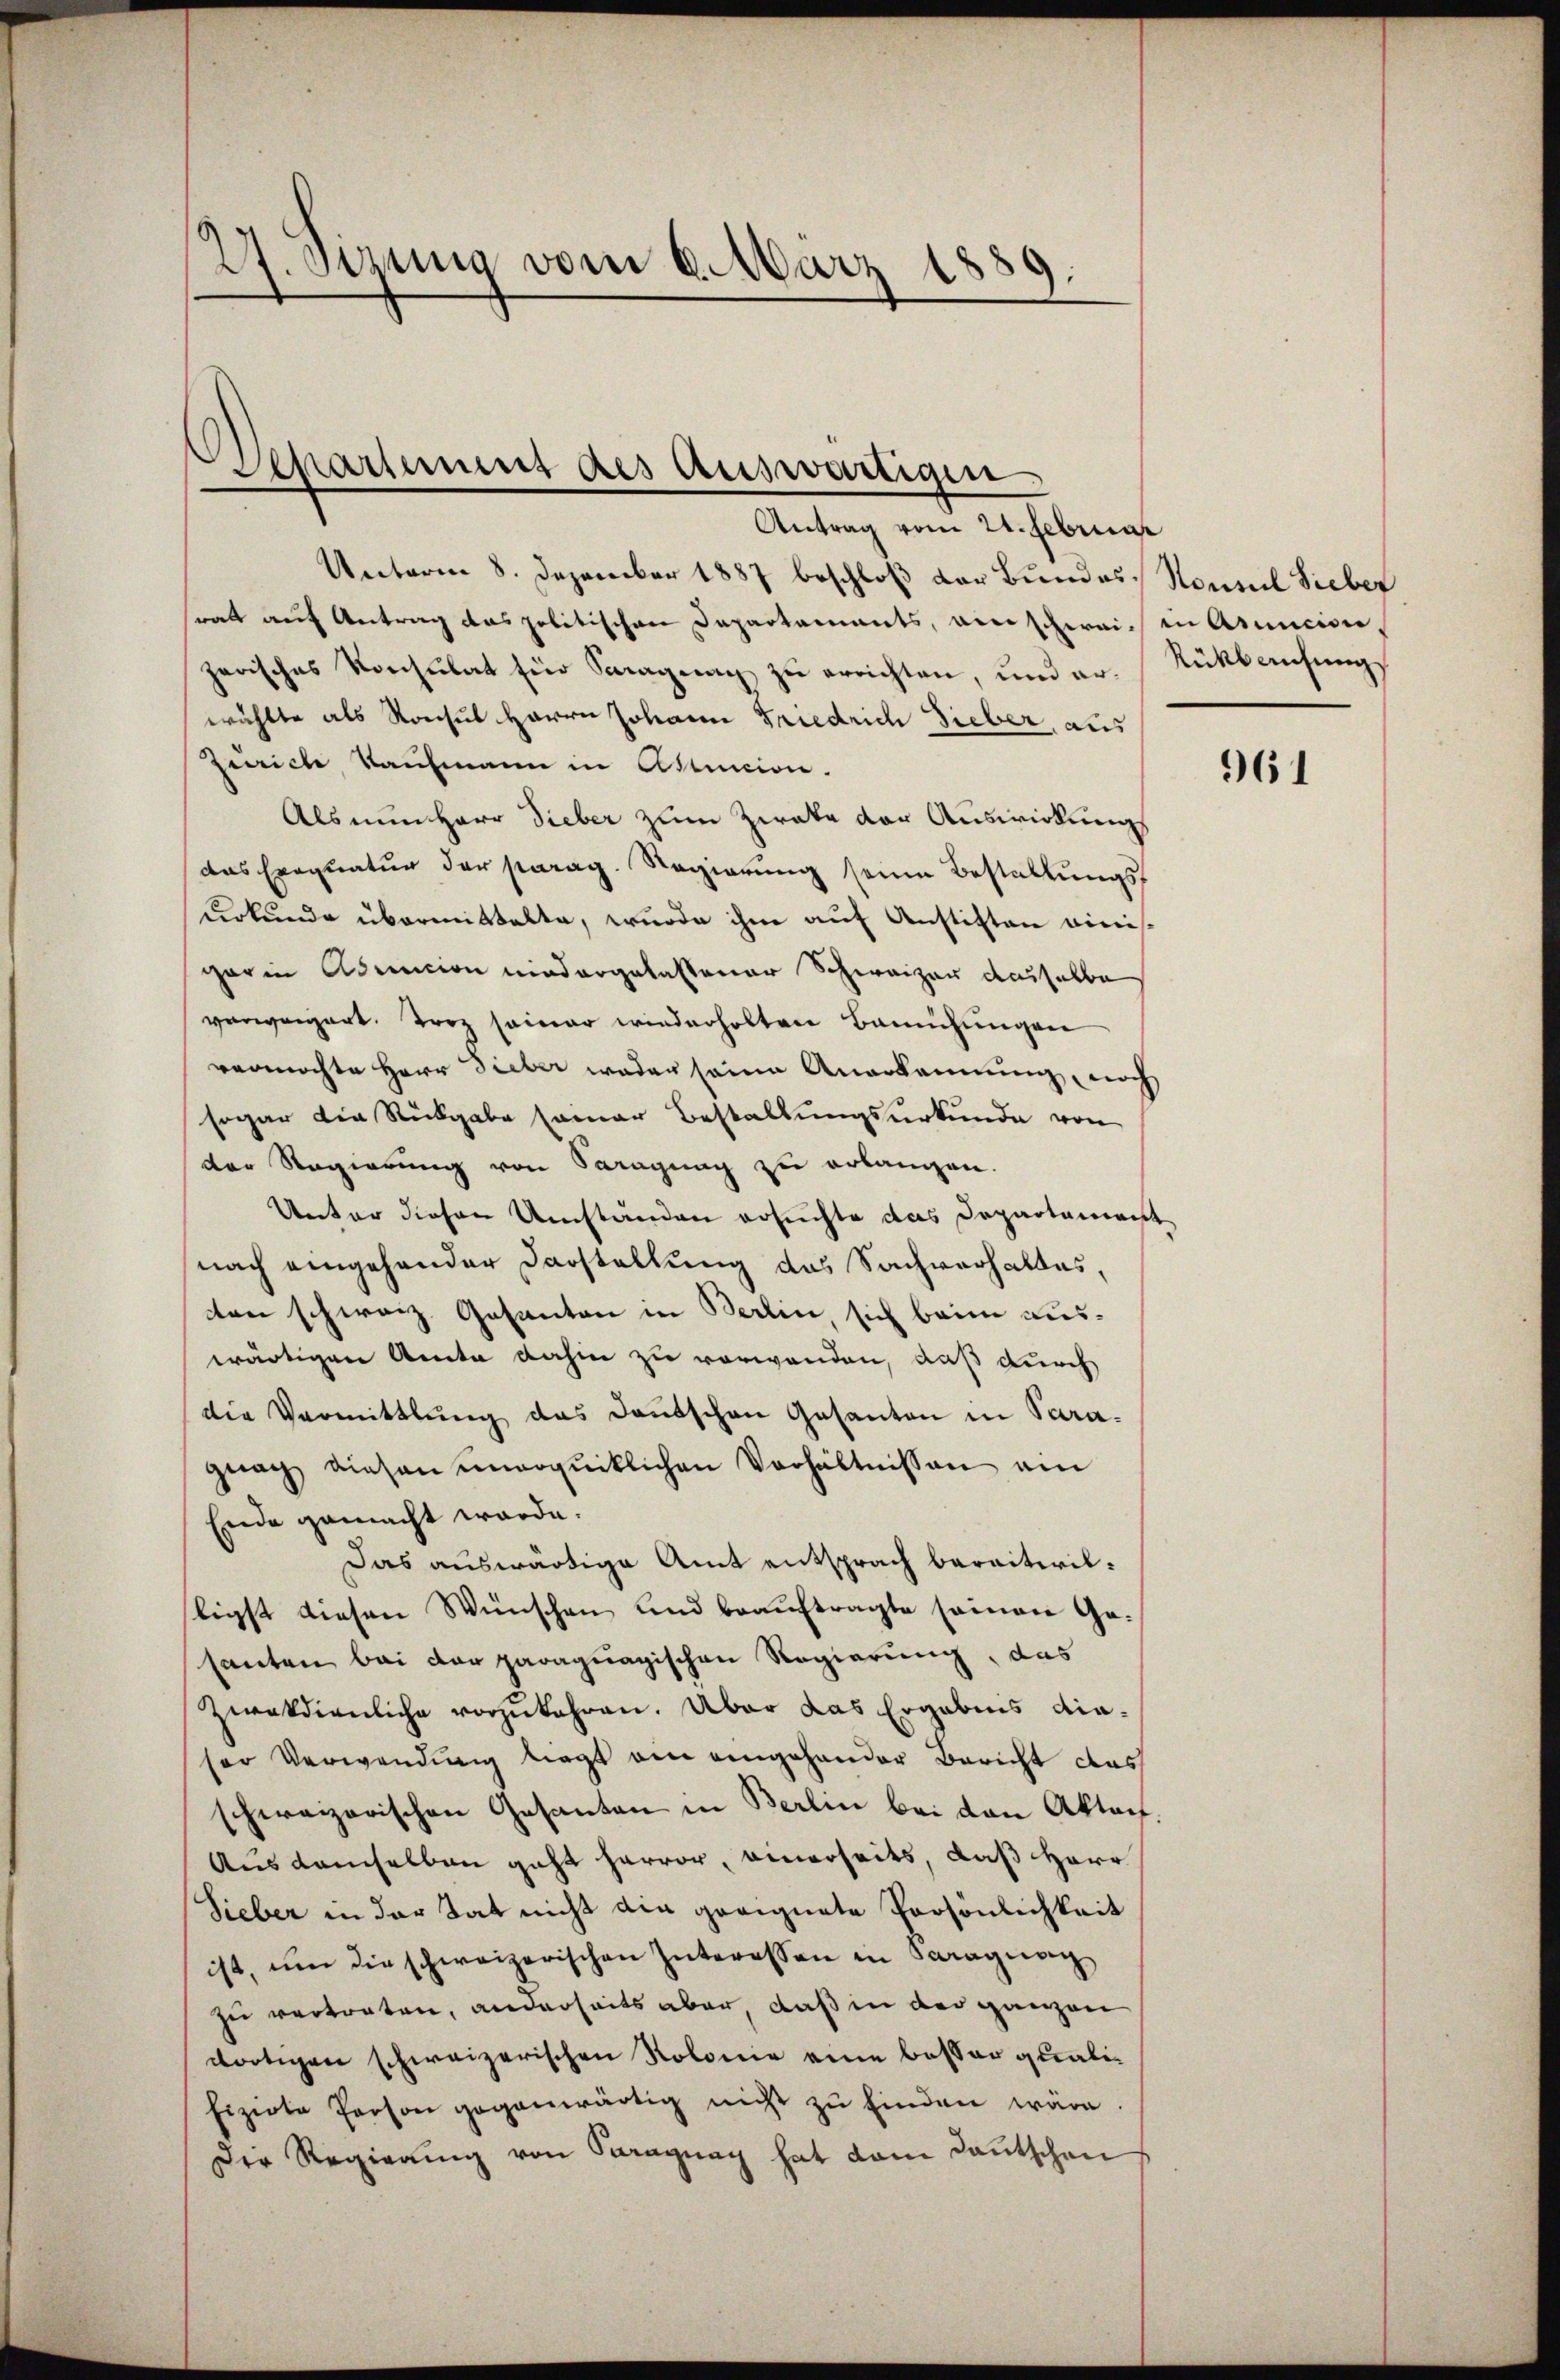
27. Setzung vom 6. März 18
d
.

Separtement des auswärtigen

Antrag vom 21. Februar
Unterm 8. Dezember 1887 beschloß der Bundes Konseil Sieber
statt auf Antrag das politischen Departaments, ain schwei- in Armicion,
zerisches Konsulat für Stragung zŭ errichten, und er Rückbachŭngs
wählte als Konsul Herrn Johann Friedrich Sieber, aus
Zürich Kaufmann in Actunion.
Als nun Herr Dieber zum Zweke der Auswirkung
das Eraquatur der parag. Regierŭng seine Bestallŭngs-
urkunde übermittelte, wurde ihm auf Anstitten einigar in Admicion niedergelassener Schweizer dasselbe
verweigert. Herz seiner wiederholten Bachungen
vermöchte Herr Dieber weder seine Anerkennung, noch
sogar die Rückgabe seiner Bestallungsurkunde von
der Regierung von Saragung zu erlangen.
Unter diesen Umständen ersuchte das Departament
nach eingehander Darstellung das Sachverhaltes,
tten schweiz. Gesanten in Berlin sich beim auswärtigen Amte dahin zu verwenden, daß durch
die Vermittlung das Dantschen Gesanton in Para-
gnach diesen ŭnvoqŭiklichen Verhältnissen ein
Ende gemacht werde.
Das auswärtige Amt entsprach baraiterilligst diesen Wünschen und beauftragte seinen Gesanten bei der paraquagischen Regierung, das
zwakdienliche vorzukehren. Aber das Ergebnis diaser Verwendung liegt am eingehander Bericht das
schweizerischen Gesanten in Berlin bei den Aktarf.
Aus demselben geht hervor, einerseits, daß Herr
Sieber in der Tat nicht die geeignete Persönlichkeit
ist, um die schweizerischen Interessen in Paragung
zu vertraten, anderseits aber, daß in der ganzen
dortigen schweizerischen Kolonie eine besser qualifizirte Person gegenwärtig nicht zŭ finden wäre.
Der Regierŭng von Paragung hat dem Kautschen

961